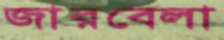
জারবেলা